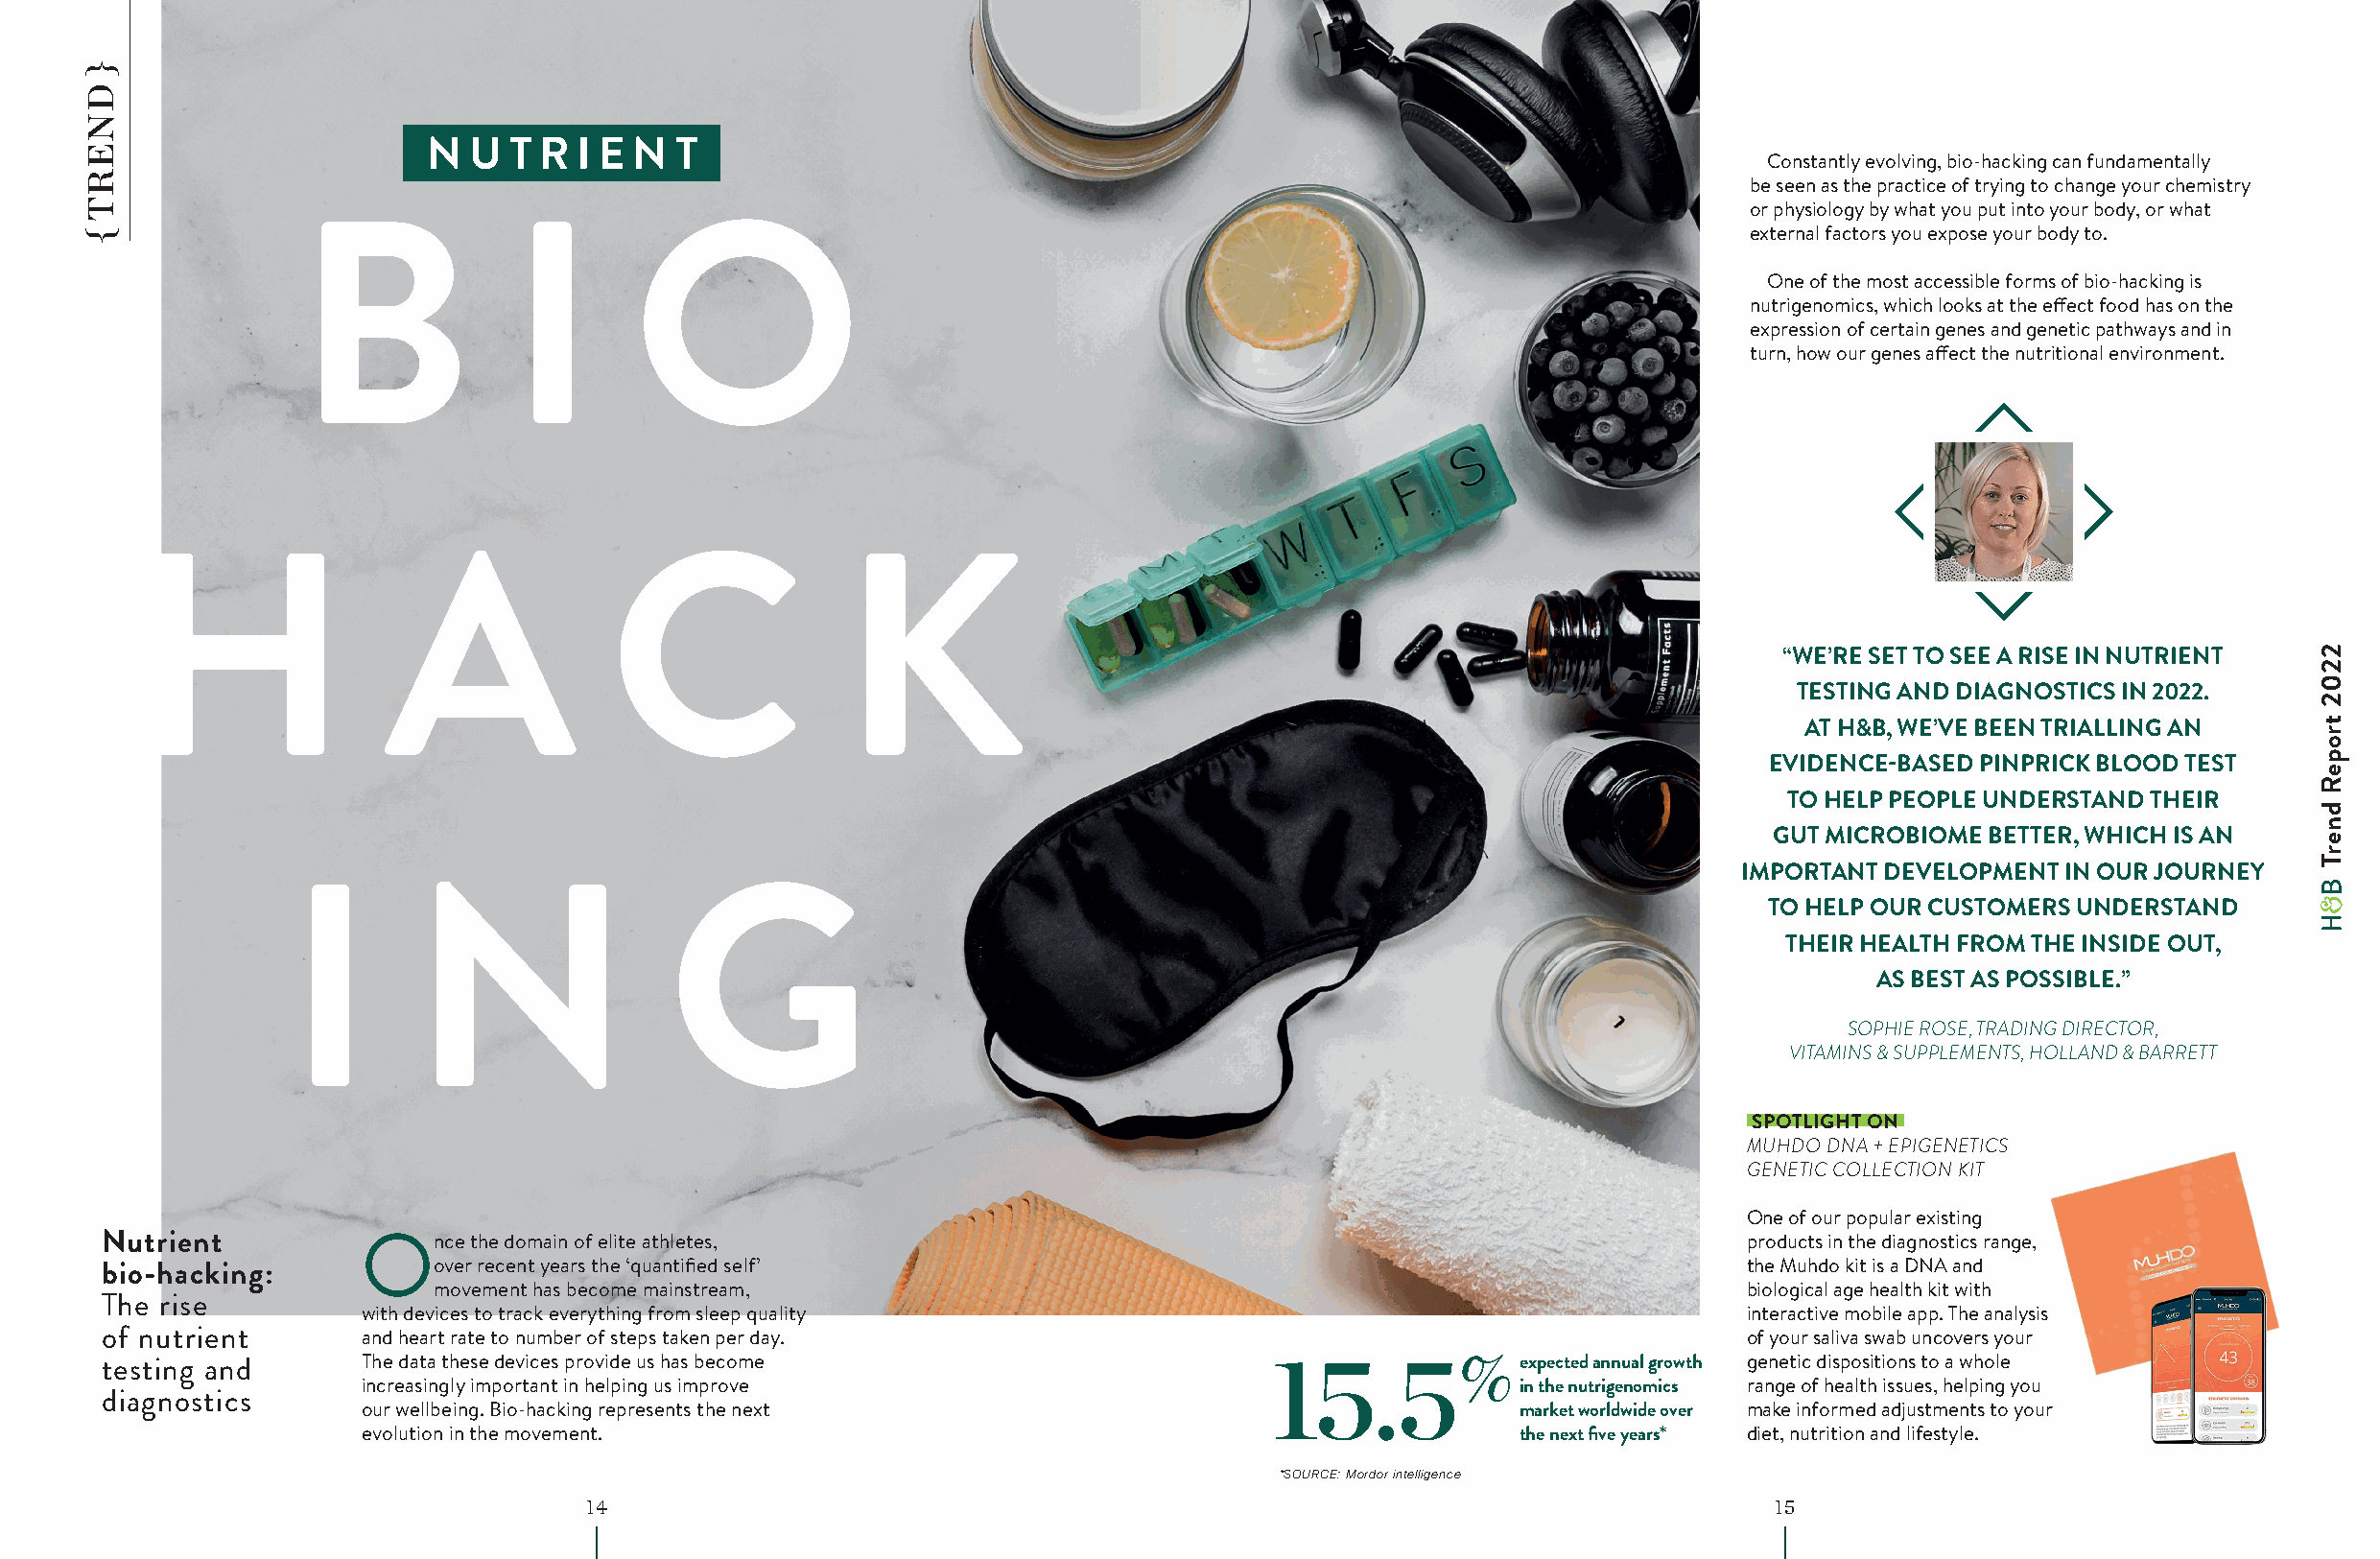
N  U  T R  I E N  T
 Constantly evolving, bio-hacking can fundamentally
 be seen as the practice of trying to change your chemistry
 or physiology by what you put into your body, or what
 external factors you expose your body to.
 B              I        O
 One of the most accessible forms of bio-hacking is
 nutrigenomics, which looks at the effect food has on the
 expression of certain genes and genetic pathways and in
 turn, how our genes affect the nutritional environment.
 H                 A              C               K
 “WE’RE SET TO SEE A RISE IN NUTRIENT
 TESTING AND DIAGNOSTICS IN 2022.
 AT H&B, WE’VE BEEN TRIALLING AN
 EVIDENCE-BASED PINPRICK BLOOD TEST
 TO HELP PEOPLE UNDERSTAND THEIR
 GUT MICROBIOME BETTER, WHICH IS AN
 IMPORTANT DEVELOPMENT IN OUR JOURNEY
 TO HELP OUR CUSTOMERS UNDERSTAND
 I       N                 G
 THEIR HEALTH FROM THE INSIDE OUT,
 AS BEST AS POSSIBLE.”
 SOPHIE ROSE, TRADING DIRECTOR,
 VITAMINS & SUPPLEMENTS, HOLLAND & BARRETT
 SPOTLIGHT ON
 MUHDO DNA + EPIGENETICS
 GENETIC COLLECTION KIT
 One of our popular existing
 Nutrient          Once   the domain of elite athletes,                                                            products in the diagnostics range,
 over recent years the ‘quantified self’                                                    the Muhdo kit is a DNA and
 bio-hacking:
 movement has become mainstream,                                                            biological age health kit with
 The rise
 with devices to track everything from sleep quality                                             interactive mobile app. The analysis
 of nutrient       and heart rate to number of steps taken per day.                                                of your saliva swab uncovers your
 testing and       The data these devices provide us has become                   15.5%            expected annual growth genetic dispositions to a whole
 increasingly important in helping us improve                                    in the nutrigenomics range of health issues, helping you
 diagnostics
 our wellbeing. Bio-hacking represents the next                                  market worldwide over make informed adjustments to your
 evolution in the movement.                                                      the next five years* diet, nutrition and lifestyle.
 *SOURCE: Mordor intelligence
 14                                                                                15
 }
 DNERT
 {
 2202
 tropeR
 dnerT